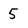
Character: 5